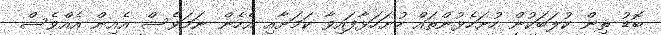
ބޮޑު ތިން ކުލަބަކުން ހުށަހެޅުންތައް ހުށަހަޅާފައިވާ ކަަމަށާއި އެހެން ނަމަވެސް އެއިން އެެއްވެސް